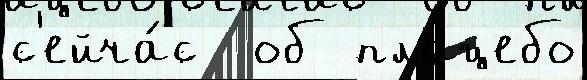
с'ейча́с  об плацебо